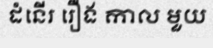
ដំនើរ រឿង កាល មួយ